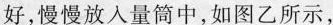
好，慢慢放入量筒中，如图乙所示，